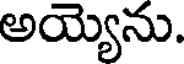
అయ్యెను.